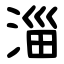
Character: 淄